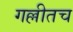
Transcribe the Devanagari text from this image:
गल्लीतच